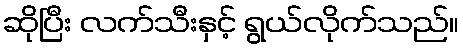
ဆိုပြီး လက်သီးနှင့် ရွယ်လိုက်သည်။